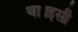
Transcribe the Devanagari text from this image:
था।इसी